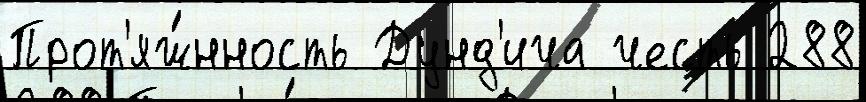
Прот'яж́нность Дунд'ича честь 288